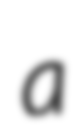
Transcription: a